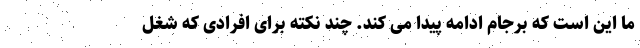
ما این است که برجام ادامه پیدا می کند. چند نکته برای افرادی که شغل